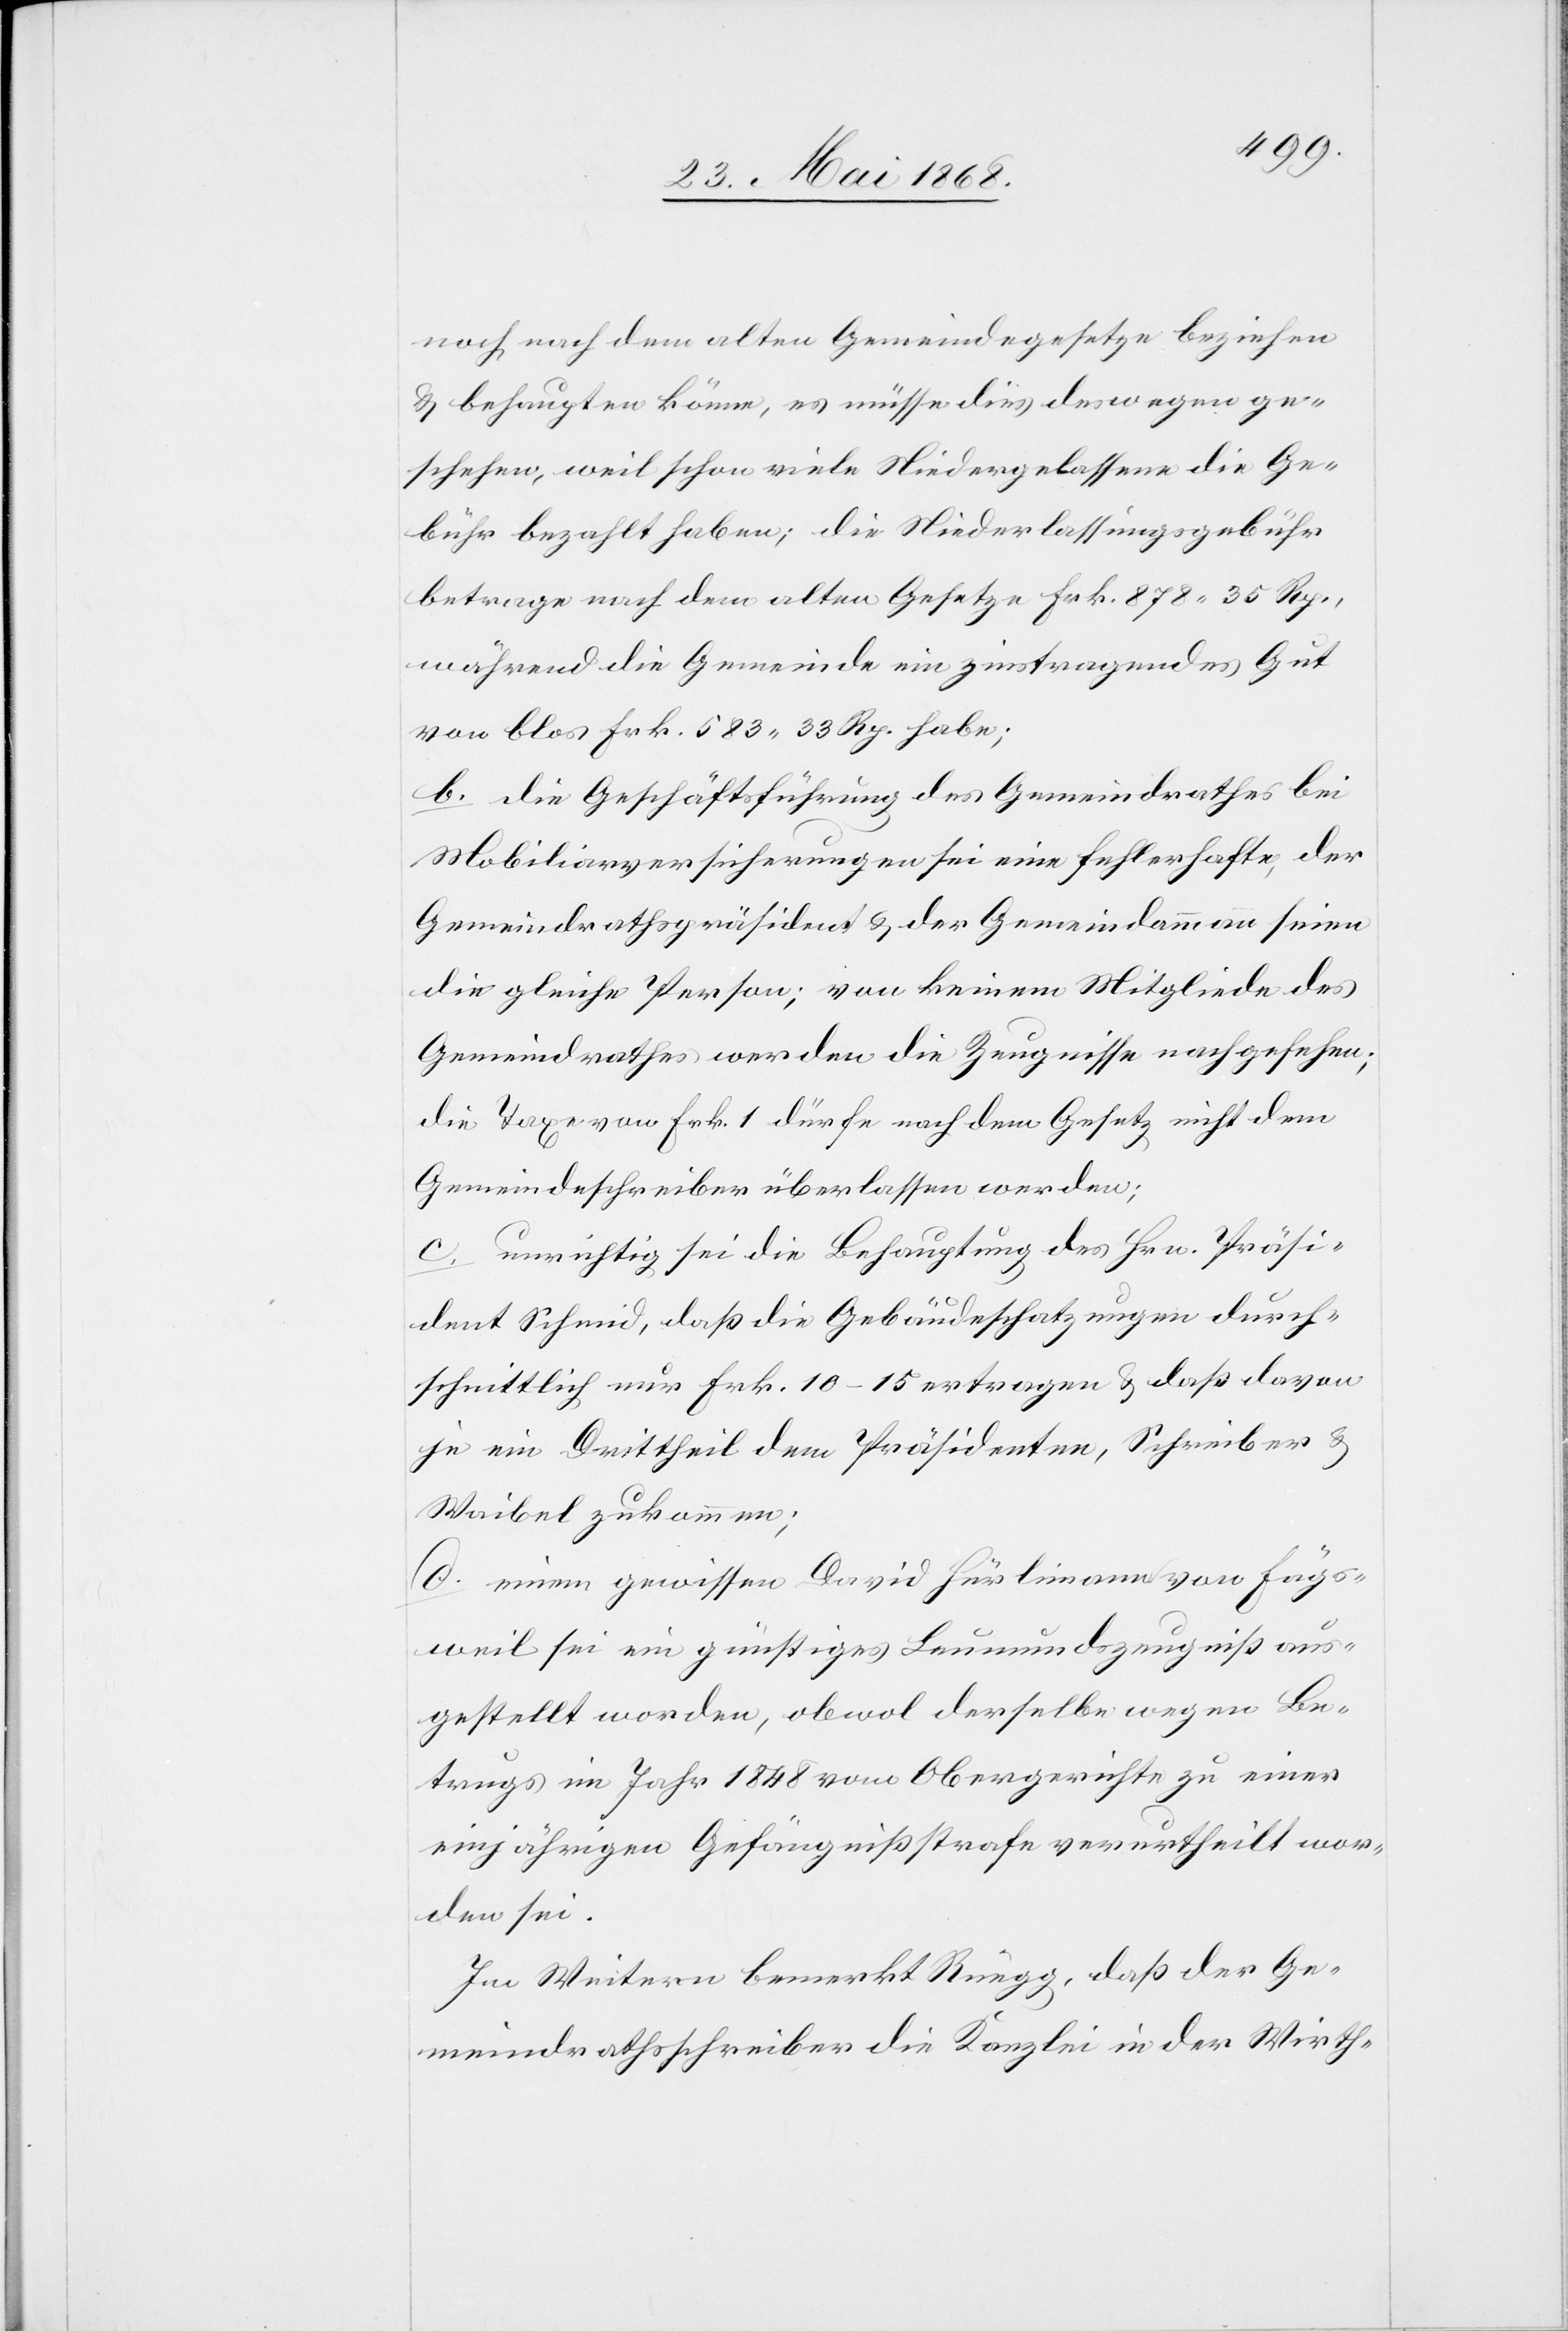
noch nach dem alten Gemeindegesetze beziehen
& behaupten könne, es müsse dies deswegen ge¬
schehen, weil schon viele Niedergelassene die Ge¬
bühr bezahlt haben; die Niederlassungsgebühr
betrage nach dem alten Gesetze Frk. 878. 35 Rp.,
während die Gemeinde ein zinstragendes Gut
von blos Frk. 583. 33 Rp. habe;
b. die Geschäftsführung des Gemeindrathes bei
Mobiliarversicherungen sei eine fehlerhafte, der
Gemeindrathspräsident & der Gemeindammann seien
die gleiche Person; von keinem Mitgliede des
Gemeindrathes werden die Zeugnisse nachgesehen;
die Taxe von Frk. 1 dürfe nach dem Gesetz nicht dem
Gemeindeschreiber überlassen werden;
c. unrichtig sei die Behauptung des Hrn. Präsi¬
dent Schmid, daß die Gebäudeschatzungen durch¬
schnittlich nur Frk. 10–15 ertragen & daß davon
je ein Drittheil dem Präsidenten, Schreiber &
Waibel zukommen;
d. einem gewissen David Hürlimann von Fägs¬
weil sei ein günstiges Leumundszeugniß aus¬
gestellt worden, obwol derselbe wegen Be¬
trugs im Jahr 1848 vom Obergerichte zu einer
einjährigen Gefängnißstrafe verurtheilt wor¬
den sei.
Im Weitern bemerkt Rüegg, daß der Ge¬
meindrathsschreiber die Kanzlei in der Wirth-